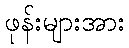
ဖုန်းများအား